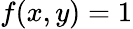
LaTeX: f(x,y)=1